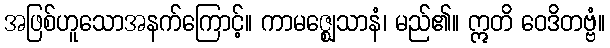
အဖြစ်ဟူသောအနက်ကြောင့်။ ကာမဇ္ဈေသာနံ၊ မည်၏။ ဣတိ ဝေဒိတဗ္ဗံ။